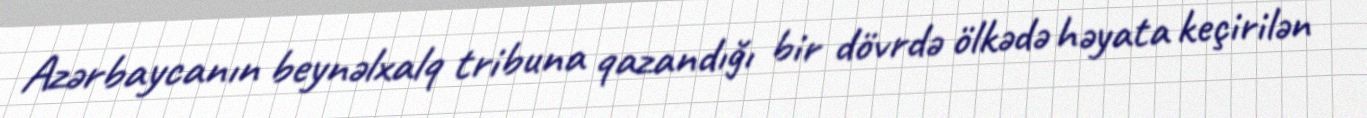
Azərbaycanın beynəlxalq tribuna qazandığı bir dövrdə ölkədə həyata keçirilən